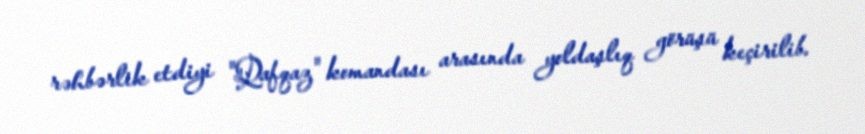
rəhbərlik etdiyi "Qafqaz" komandası arasında yoldaşlıq görüşü keçirilib.